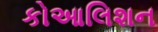
કોઆલિશન